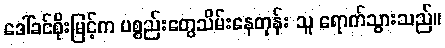
ဒေါ်ခင်စိုးမြင့်က ပစ္စည်းတွေသိမ်းနေတုန်း သူ ရောက်သွားသည်။